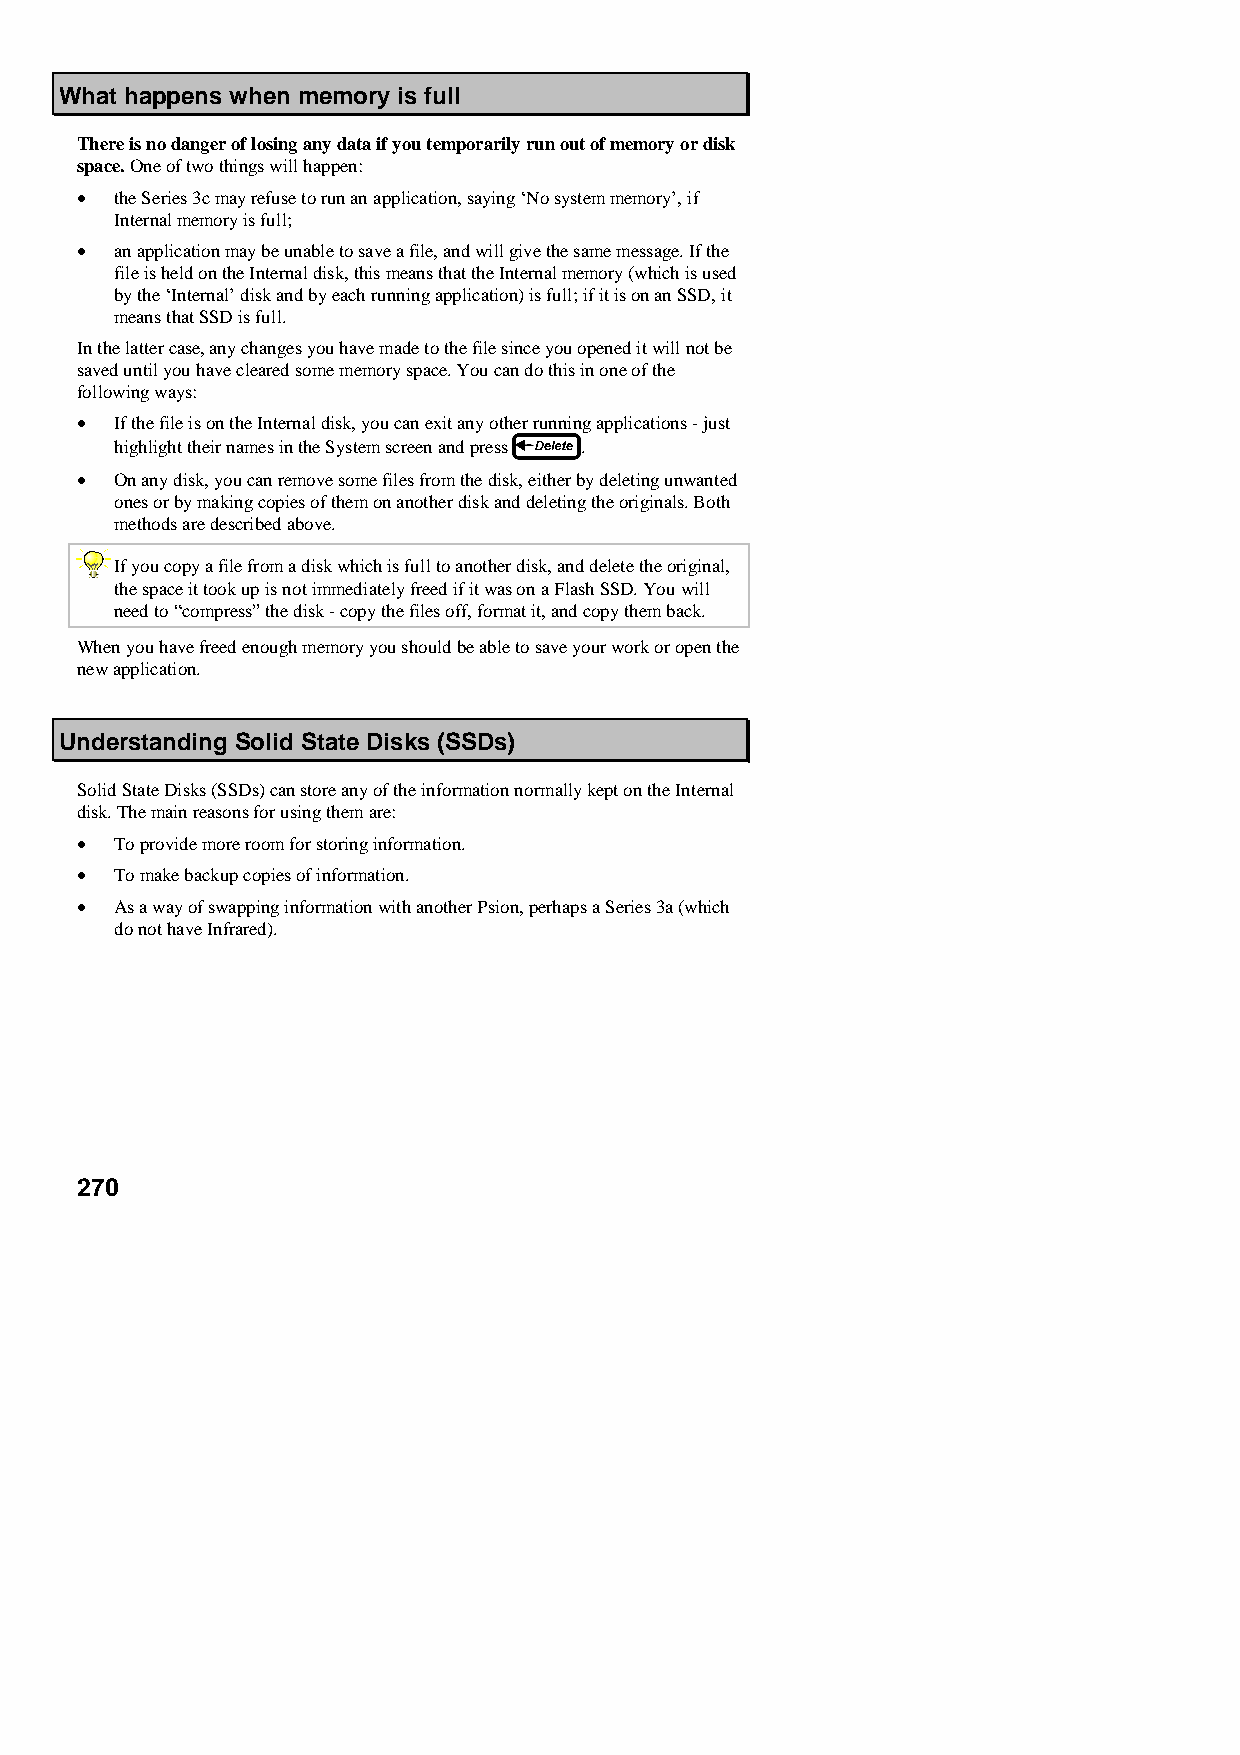
What happens when memory is full
 There is no danger of losing any data if you temporarily run out of memory or disk
 space. One of two things will happen:
 •  the Series 3c may refuse to run an application, saying ‘No system memory’, if
 Internal memory is full;
 •  an application may be unable to save a file, and will give the same message. If the
 file is held on the Internal disk, this means that the Internal memory (which is used
 by the ‘Internal’ disk and by each running application) is full; if it is on an SSD, it
 means that SSD is full.
 In the latter case, any changes you have made to the file since you opened it will not be
 saved until you have cleared some memory space. You can do this in one of the
 following ways:
 •  If the file is on the Internal disk, you can exit any other running applications - just
 highlight their names in the System screen and press .
 •  On any disk, you can remove some files from the disk, either by deleting unwanted
 ones or by making copies of them on another disk and deleting the originals. Both
 methods are described above.
 If you copy a file from a disk which is full to another disk, and delete the original,
 the space it took up is not immediately freed if it was on a Flash SSD. You will
 need to “compress” the disk - copy the files off, format it, and copy them back.
 When you have freed enough memory you should be able to save your work or open the
 new application.
 Understanding Solid State Disks (SSDs)
 Solid State Disks (SSDs) can store any of the information normally kept on the Internal
 disk. The main reasons for using them are:
 •  To provide more room for storing information.
 •  To make backup copies of information.
 •  As a way of swapping information with another Psion, perhaps a Series 3a (which
 do not have Infrared).
 270